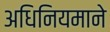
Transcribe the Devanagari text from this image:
अधिनियमाने